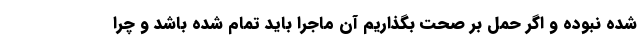
شده نبوده و اگر حمل بر صحت بگذاریم آن ماجرا باید تمام شده باشد و چرا